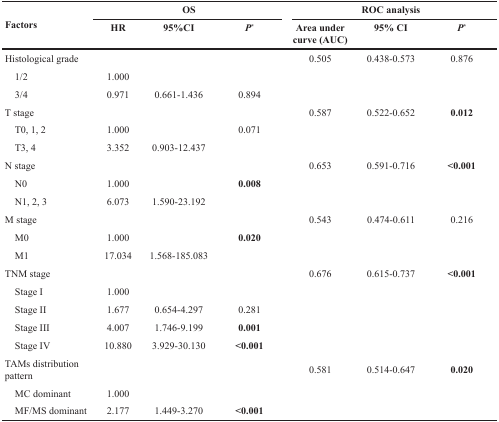
<table><thead><tr><td rowspan="2"><b>Factors</b></td><td colspan="3"><b>OS</b></td><td colspan="3"><b>ROC analysis</b></td></tr><tr><td><b>HR</b></td><td><b>95%CI</b></td><td><b><i>P</i><sup>*</sup></b></td><td><b>Area under curve (AUC)</b></td><td><b>95% CI</b></td><td><b><i>P</i><sup>*</sup></b></td></tr></thead><tbody><tr><td>Histological grade</td><td></td><td></td><td></td><td>0.505</td><td>0.438-0.573</td><td>0.876</td></tr><tr><td> 1/2</td><td>1.000</td><td></td><td></td><td></td><td></td><td></td></tr><tr><td> 3/4</td><td>0.971</td><td>0.661-1.436</td><td>0.894</td><td></td><td></td><td></td></tr><tr><td>T stage</td><td></td><td></td><td></td><td>0.587</td><td>0.522-0.652</td><td><b>0.012</b></td></tr><tr><td> T0, 1, 2</td><td>1.000</td><td></td><td>0.071</td><td></td><td></td><td></td></tr><tr><td> T3, 4</td><td>3.352</td><td>0.903-12.437</td><td></td><td></td><td></td><td></td></tr><tr><td>N stage</td><td></td><td></td><td></td><td>0.653</td><td>0.591-0.716</td><td><b>&lt;0.001</b></td></tr><tr><td> N0</td><td>1.000</td><td></td><td><b>0.008</b></td><td></td><td></td><td></td></tr><tr><td> N1, 2, 3</td><td>6.073</td><td>1.590-23.192</td><td></td><td></td><td></td><td></td></tr><tr><td>M stage</td><td></td><td></td><td></td><td>0.543</td><td>0.474-0.611</td><td>0.216</td></tr><tr><td> M0</td><td>1.000</td><td></td><td><b>0.020</b></td><td></td><td></td><td></td></tr><tr><td> M1</td><td>17.034</td><td>1.568-185.083</td><td></td><td></td><td></td><td></td></tr><tr><td>TNM stage</td><td></td><td></td><td></td><td>0.676</td><td>0.615-0.737</td><td><b>&lt;0.001</b></td></tr><tr><td> Stage I</td><td>1.000</td><td></td><td></td><td></td><td></td><td></td></tr><tr><td> Stage II</td><td>1.677</td><td>0.654-4.297</td><td>0.281</td><td></td><td></td><td></td></tr><tr><td> Stage III</td><td>4.007</td><td>1.746-9.199</td><td><b>0.001</b></td><td></td><td></td><td></td></tr><tr><td> Stage IV</td><td>10.880</td><td>3.929-30.130</td><td><b>&lt;0.001</b></td><td></td><td></td><td></td></tr><tr><td>TAMs distribution pattern</td><td></td><td></td><td></td><td>0.581</td><td>0.514-0.647</td><td><b>0.020</b></td></tr><tr><td> MC dominant</td><td>1.000</td><td></td><td></td><td></td><td></td><td></td></tr><tr><td> MF/MS dominant</td><td>2.177</td><td>1.449-3.270</td><td><b>&lt;0.001</b></td><td></td><td></td><td></td></tr></tbody></table>